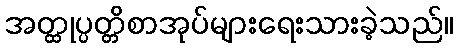
အတ္ထုပ္ပတ္တိစာအုပ်များရေးသားခဲ့သည်။